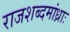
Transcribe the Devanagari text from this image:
राजशब्दमांध्राः